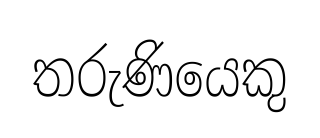
තරුණියෙකු